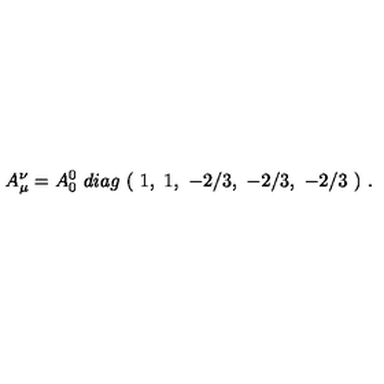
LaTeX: A _ { \mu } ^ { \nu } = A _ { 0 } ^ { 0 } \ d i a g \ ( \ 1 , \ 1 , \ - 2 / 3 , \ - 2 / 3 , \ - 2 / 3 \ ) \ .